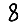
Digit: 8